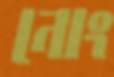
নোং